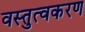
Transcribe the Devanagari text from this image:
वस्तुत्वकरण